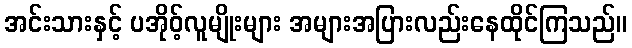
အင်းသားနှင့် ပအိုဝ့်လူမျိုးများ အများအပြားလည်းနေထိုင်ကြသည်။